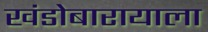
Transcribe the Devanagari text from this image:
खंडोबारायाला